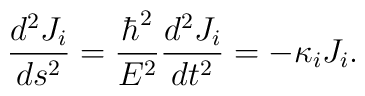
\frac{d^2 J_i}{ds^2}=\frac{\hbar^2}{E^2}\frac{d^2 J_i}{dt^2}= -\kappa_i J_i.